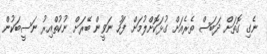
ނެގި ގޮތަށް ދަބަސް ތެރެއަށް ގުޅަކޮށްލުމަށް ފަހު ނަވީން ބޭރަށް ނުކުތްއިރު ނަސީބަކުން